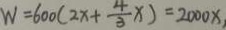
W = 6 0 0 ( 2 x + \frac { 4 } { 3 } x ) = 2 0 0 0 x ,